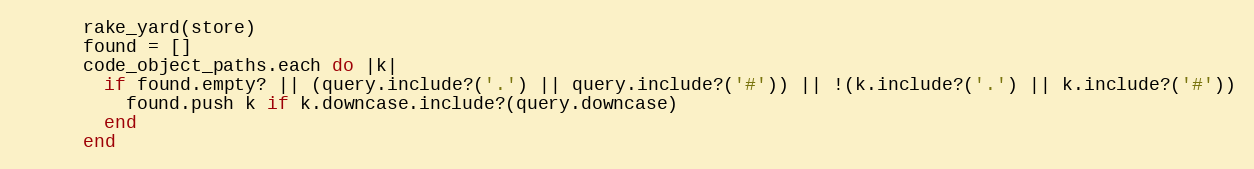
Language: Ruby
      rake_yard(store)
      found = []
      code_object_paths.each do |k|
        if found.empty? || (query.include?('.') || query.include?('#')) || !(k.include?('.') || k.include?('#'))
          found.push k if k.downcase.include?(query.downcase)
        end
      end